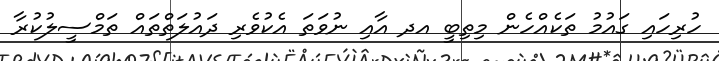
ހުރިހައި ގައުމު ތަކެއްހެން މިތިބީ އދ އާއި ނުވަތަ އެކުވެރި ދައުލަތްތައް ތަމްސީލުކުރާ